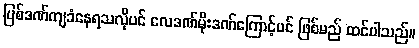
ပြစ်ဒဏ်ကျခံနေရသလိုပင် လေဒဏ်မိုးဒဏ်ကြောင့်ပင် ဖြစ်မည် ထင်ပါသည်။